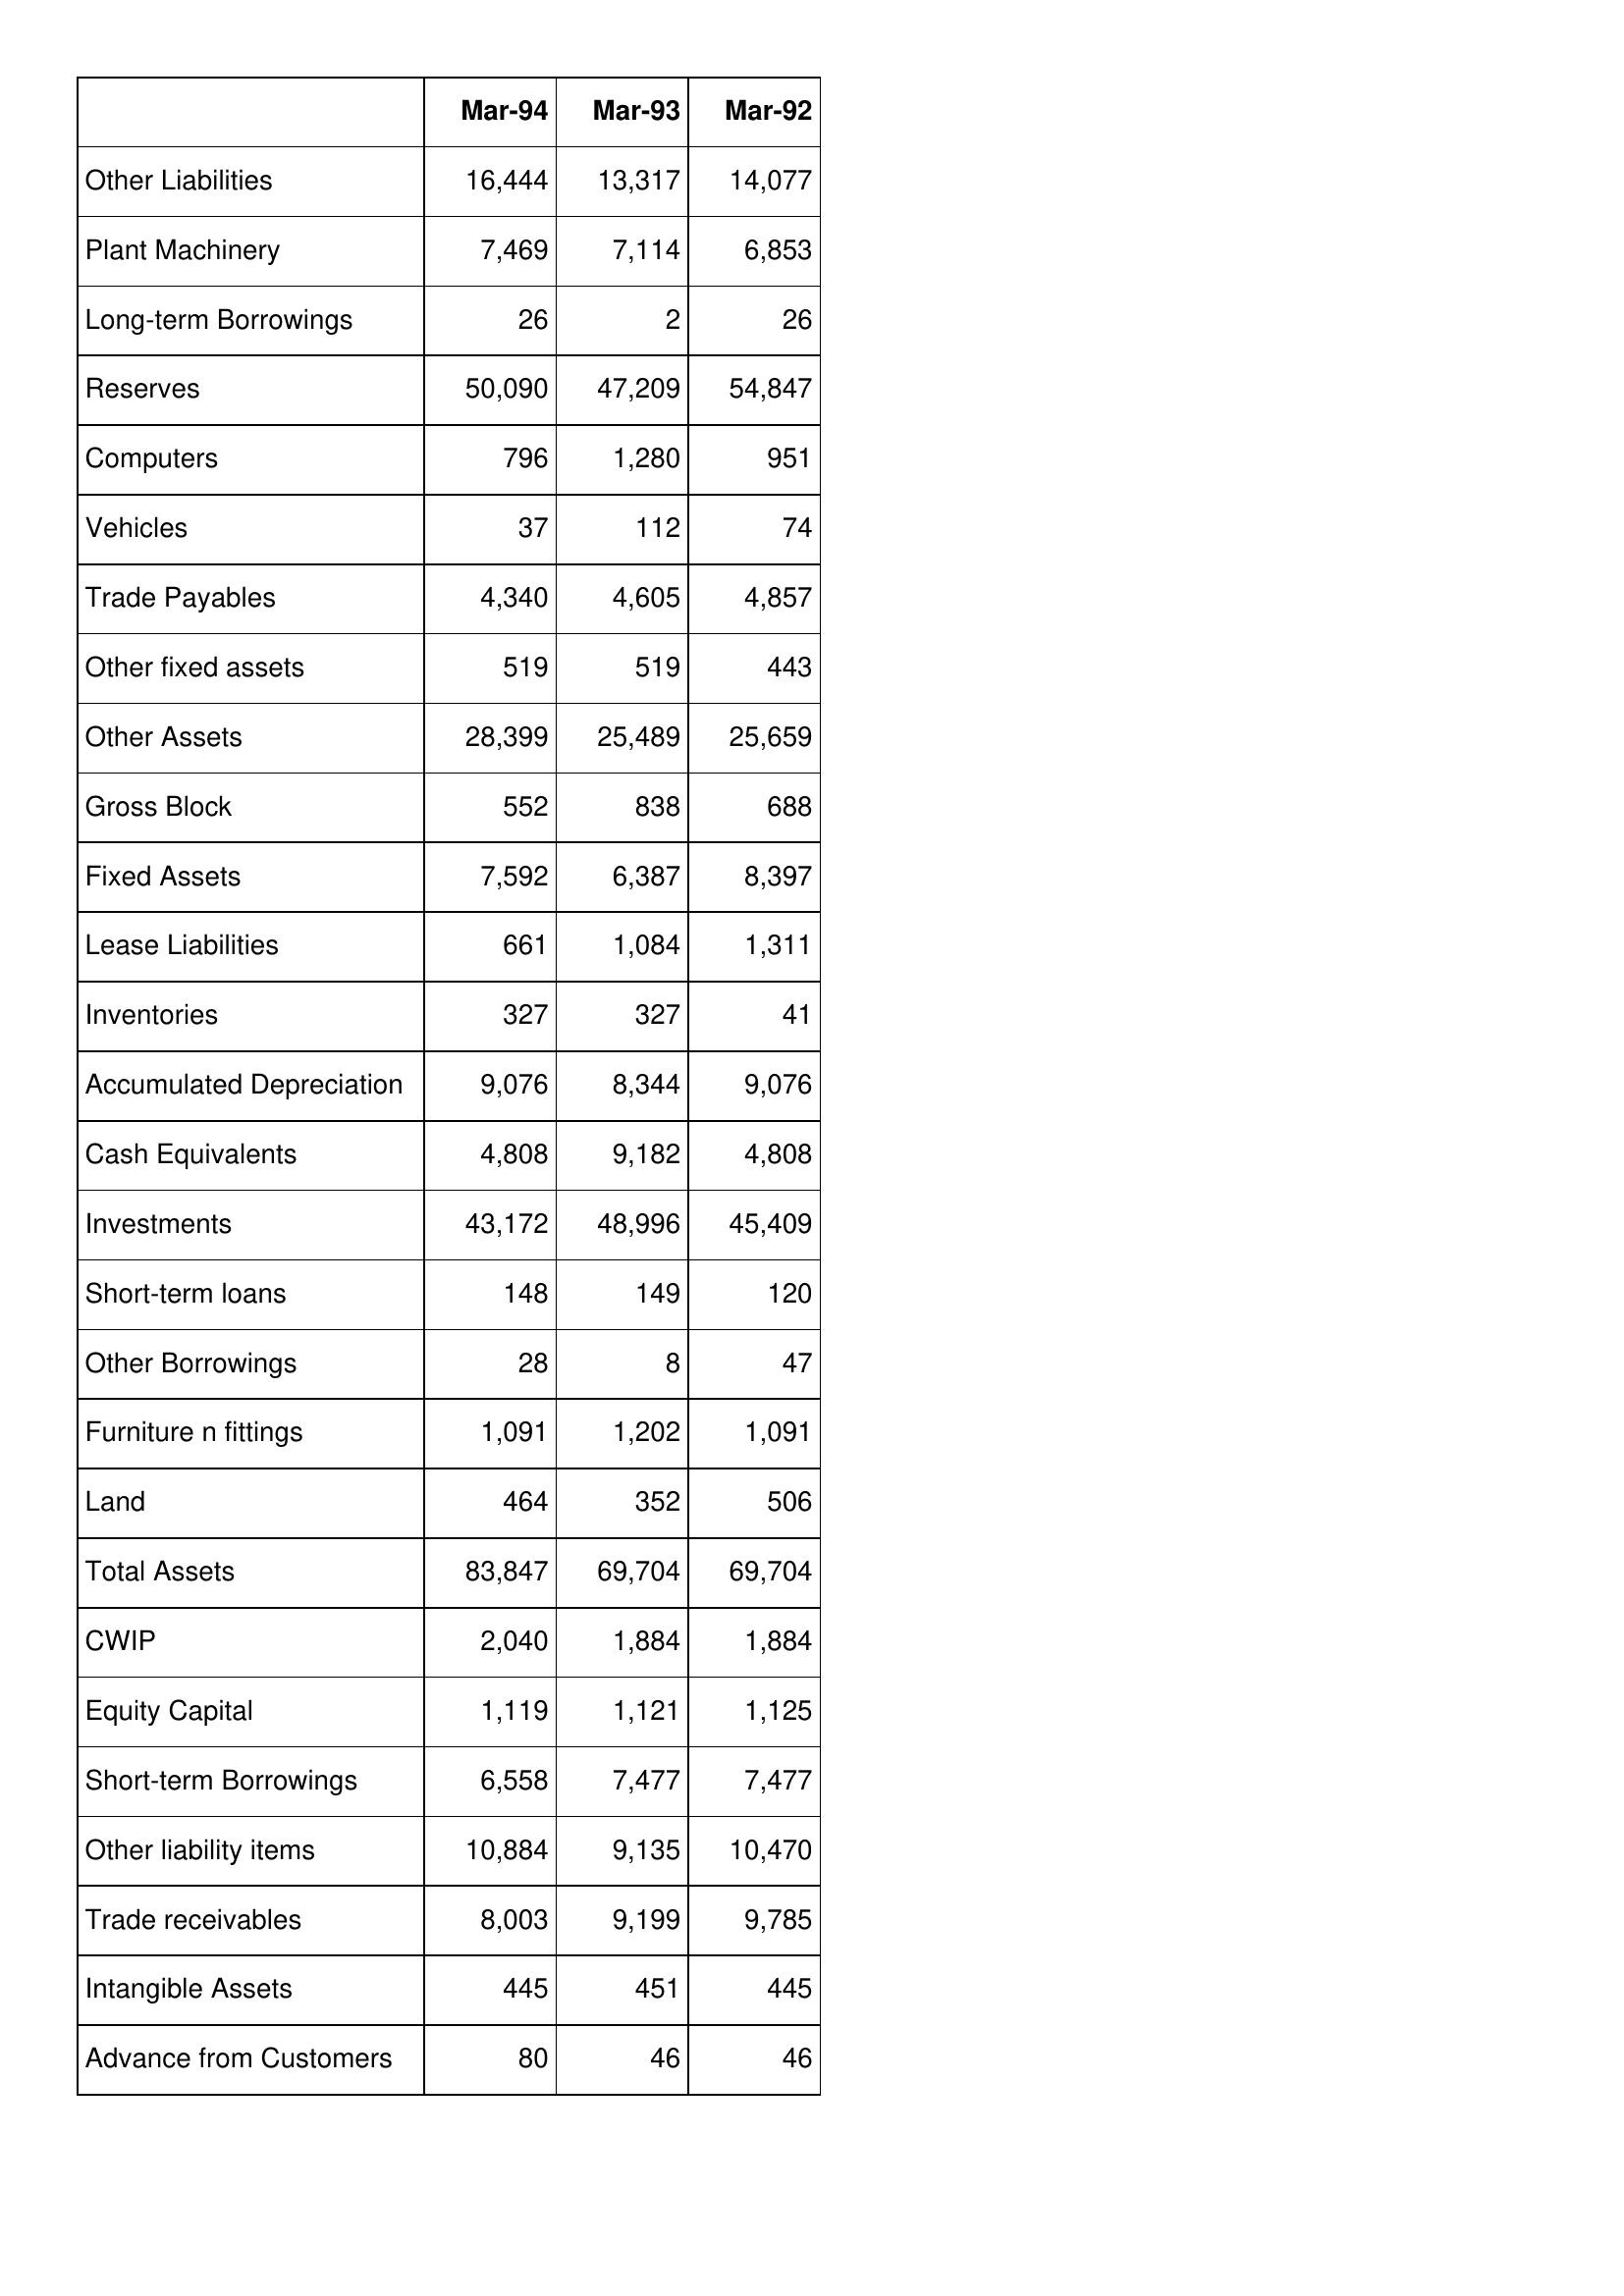
Mar-94: Balance Sheet: Other Liabilities: 16,444
Plant Machinery: 7,469
Long-term Borrowings: 26
Reserves: 50,090
Computers: 796
Vehicles: 37
Trade Payables: 4,340
Other fixed assets: 519
Other Assets: 28,399
Gross Block: 552
Fixed Assets: 7,592
Lease Liabilities: 661
Inventories: 327
Accumulated Depreciation: 9,076
Cash Equivalents: 4,808
Investments: 43,172
Short-term loans: 148
Other Borrowings: 28
Furniture n fittings: 1,091
Land: 464
Total Assets: 83,847
CWIP: 2,040
Equity Capital: 1,119
Short-term Borrowings: 6,558
Other liability items: 10,884
Trade receivables: 8,003
Intangible Assets: 445
Advance from Customers: 80
Mar-93: Balance Sheet: Other Liabilities: 13,317
Plant Machinery: 7,114
Long-term Borrowings: 2
Reserves: 47,209
Computers: 1,280
Vehicles: 112
Trade Payables: 4,605
Other fixed assets: 519
Other Assets: 25,489
Gross Block: 838
Fixed Assets: 6,387
Lease Liabilities: 1,084
Inventories: 327
Accumulated Depreciation: 8,344
Cash Equivalents: 9,182
Investments: 48,996
Short-term loans: 149
Other Borrowings: 8
Furniture n fittings: 1,202
Land: 352
Total Assets: 69,704
CWIP: 1,884
Equity Capital: 1,121
Short-term Borrowings: 7,477
Other liability items: 9,135
Trade receivables: 9,199
Intangible Assets: 451
Advance from Customers: 46
Mar-92: Balance Sheet: Other Liabilities: 14,077
Plant Machinery: 6,853
Long-term Borrowings: 26
Reserves: 54,847
Computers: 951
Vehicles: 74
Trade Payables: 4,857
Other fixed assets: 443
Other Assets: 25,659
Gross Block: 688
Fixed Assets: 8,397
Lease Liabilities: 1,311
Inventories: 41
Accumulated Depreciation: 9,076
Cash Equivalents: 4,808
Investments: 45,409
Short-term loans: 120
Other Borrowings: 47
Furniture n fittings: 1,091
Land: 506
Total Assets: 69,704
CWIP: 1,884
Equity Capital: 1,125
Short-term Borrowings: 7,477
Other liability items: 10,470
Trade receivables: 9,785
Intangible Assets: 445
Advance from Customers: 46